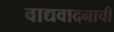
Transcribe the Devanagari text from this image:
वाद्यवादनाची